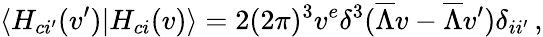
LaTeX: \langle H_{ci^{\prime}}(v^{\prime})|H_{ci}(v)\rangle=2(2\pi)^{3}v^{e}\delta^{3}(\overline{{{\Lambda}}}v-\overline{{{\Lambda}}}v^{\prime})\delta_{ii^{\prime}}\, ,